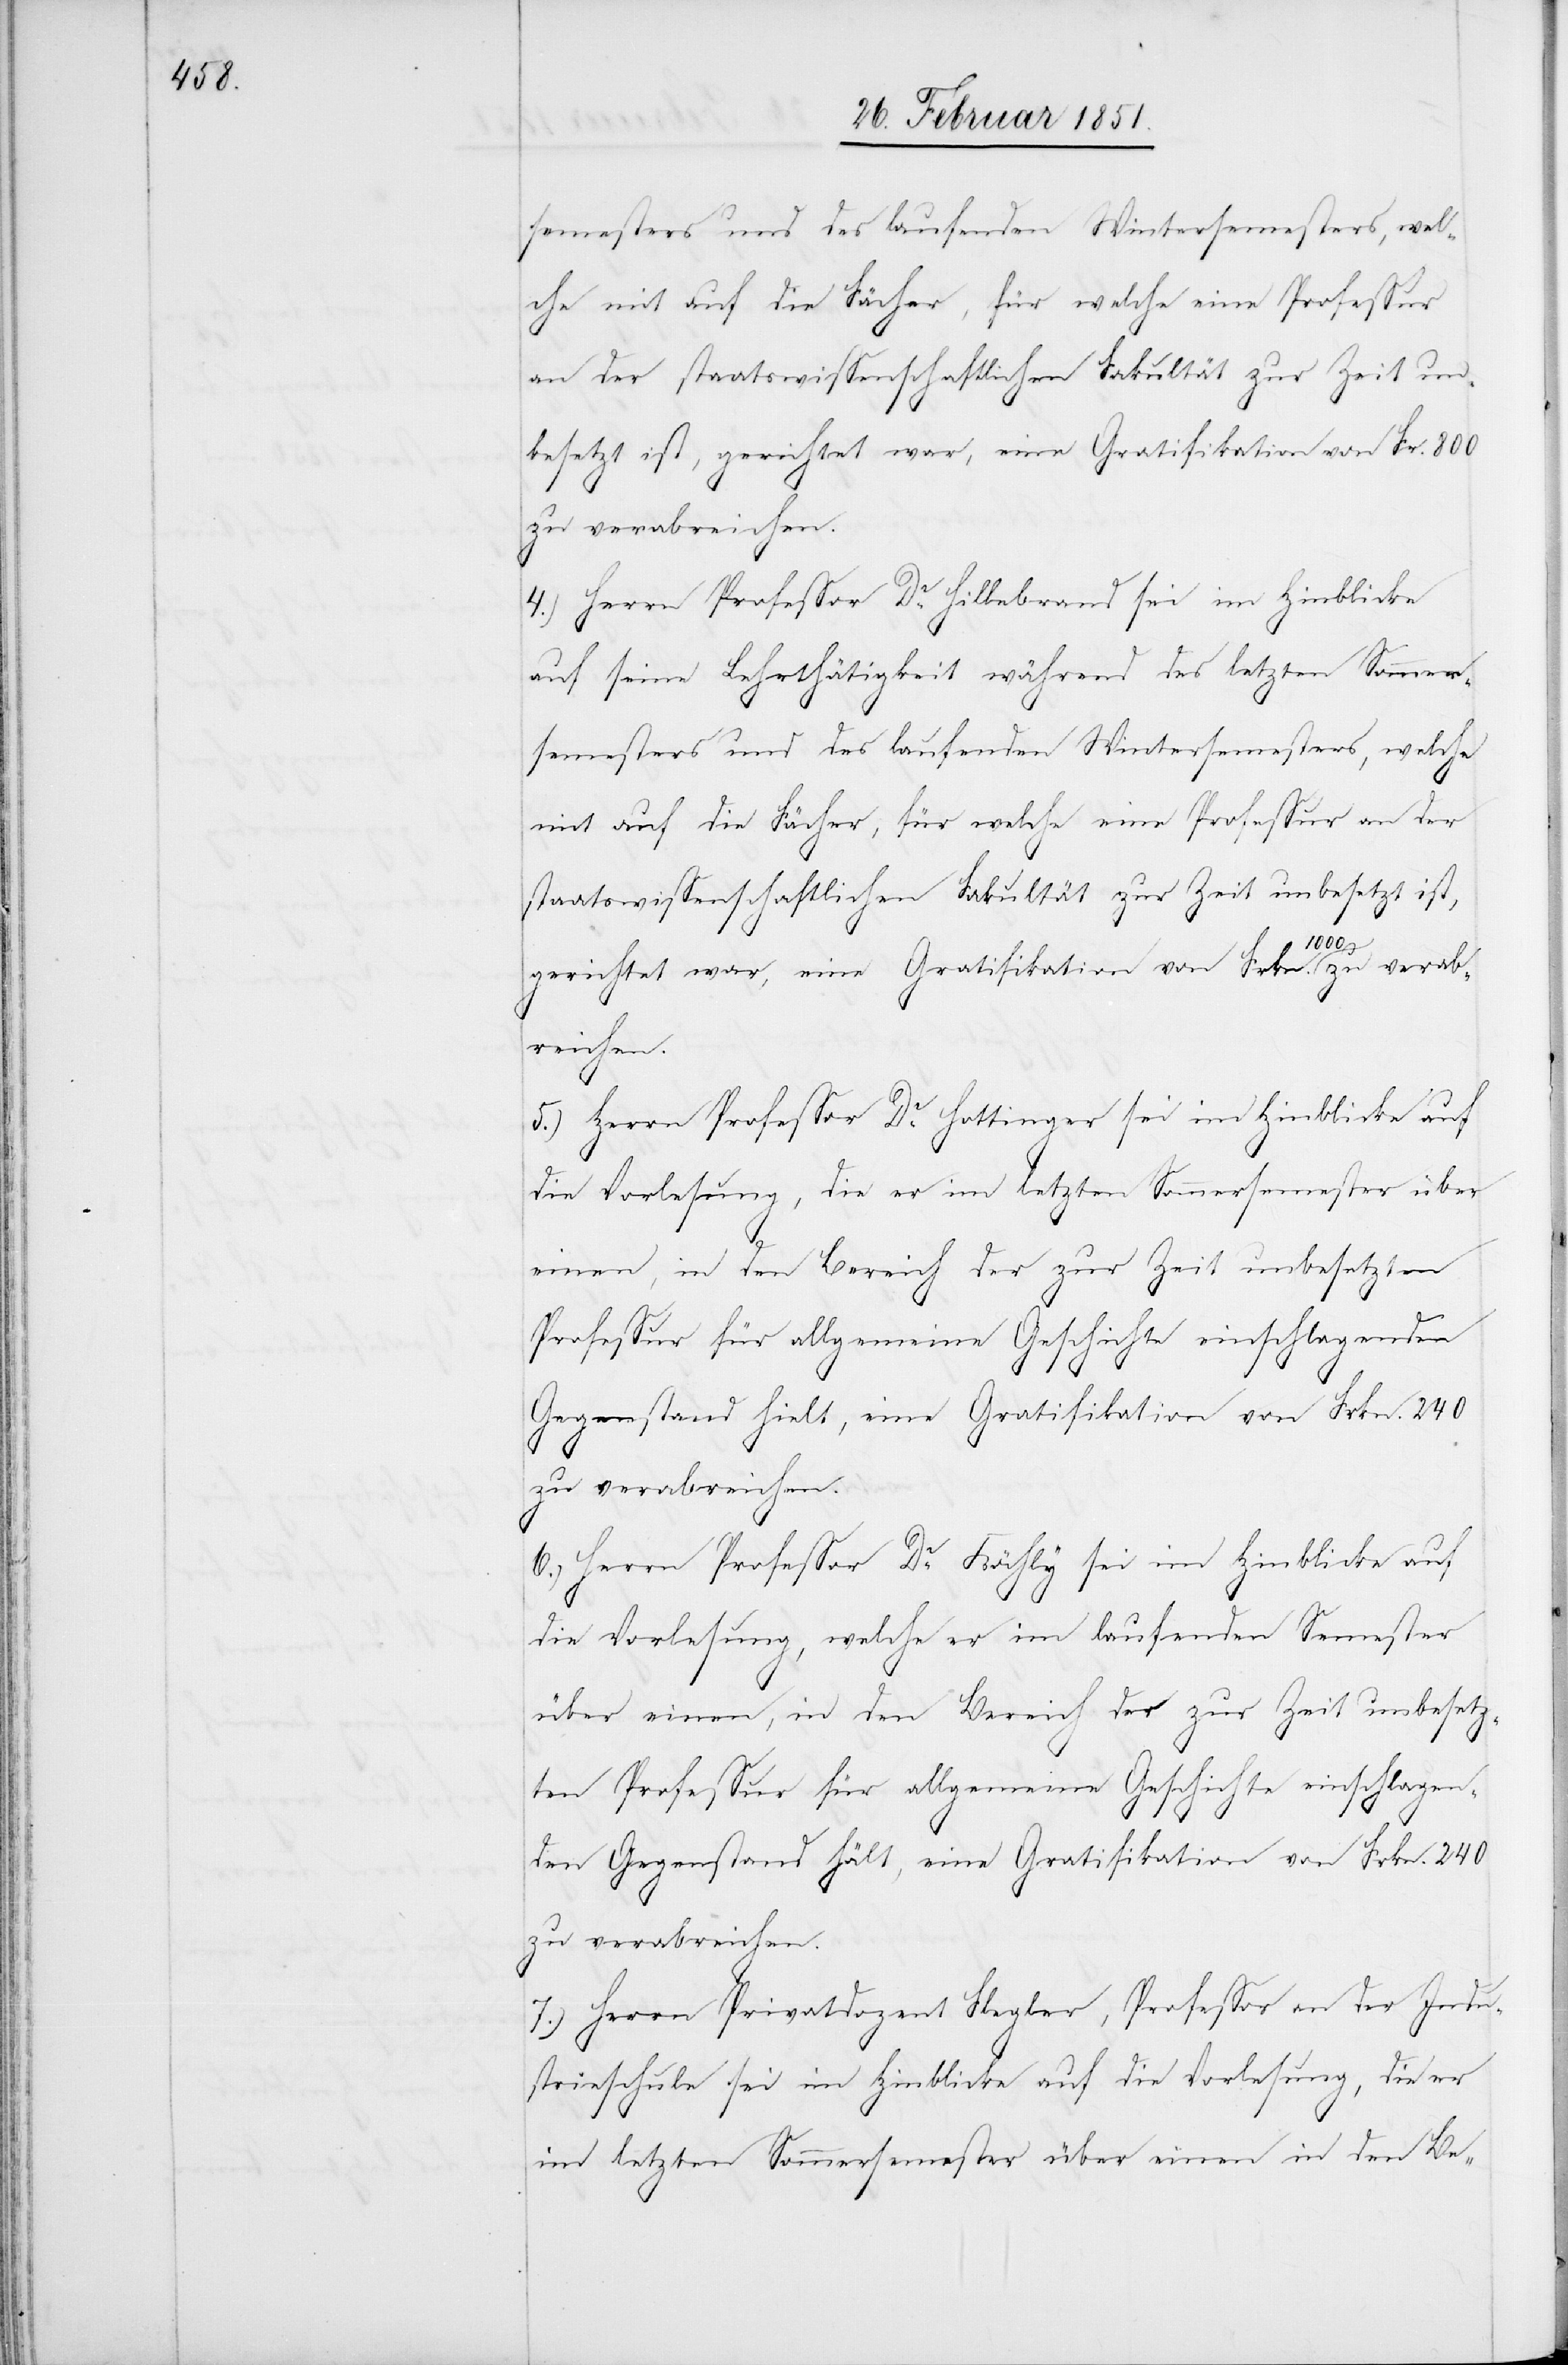
semesters und des laufenden Wintersemesters, wel¬
che mit auf die Fächer, für welche eine Professur
an der staatswissenschaftlichen Fakultät zur Zeit un¬
besetzt ist, gerichtet war, eine Gratifikation von Frkn.
zu verabreichen.
4.) Herrn Professor Dr. Hillebrand sei im Hinblicke
auf seine Lehrthätigkeit während des letzten Sommer¬
1000
5.) Herrn Professor Dr. Hottinger sei im Hinblicke auf
die Vorlesung, die er im letzten Sommersemester über
einen, in den Bereich der zur Zeit unbesetzten
Professur für allgemeine Geschichte einschlagenden
Gegenstand hielt, eine Gratifikation von Frkn. 240
6.) Herrn Professor Dr. Köchly sei im Hinblicke auf
die Vorlesung, welche er im laufenden Semester
über einen, in den Bereich der zur Zeit unbesetz¬
ten Professur für allgemeine Geschichte einschlagen¬
den Gegenstand hält, eine Gratifikation von Frkn. 240
zu verabreichen.
7.) Herrn Privatdozent Flegler, Professor an der Indu¬
strieschule sei im Hinblicke auf die Vorlesung, die er
im letzten Sommersemester über einen in den Be-